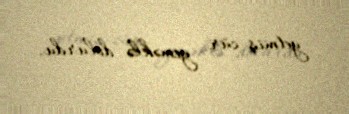
yetmiş cür yeməklə dolurdu.